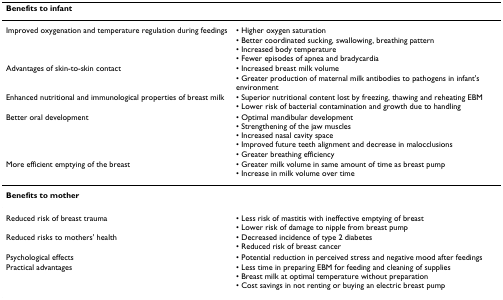
<table><thead><tr><td colspan="2"><b>Benefits to infant</b></td></tr></thead><tbody><tr><td>Improved oxygenation and temperature regulation during feedings</td><td>• Higher oxygen saturation• Better coordinated sucking, swallowing, breathing pattern• Increased body temperature• Fewer episodes of apnea and bradycardia</td></tr><tr><td>Advantages of skin-to-skin contact</td><td>• Increased breast milk volume• Greater production of maternal milk antibodies to pathogens in infant&#x27;s environment</td></tr><tr><td>Enhanced nutritional and immunological properties of breast milk</td><td>• Superior nutritional content lost by freezing, thawing and reheating EBM• Lower risk of bacterial contamination and growth due to handling</td></tr><tr><td>Better oral development</td><td>• Optimal mandibular development• Strengthening of the jaw muscles• Increased nasal cavity space• Improved future teeth alignment and decrease in malocclusions• Greater breathing efficiency</td></tr><tr><td>More efficient emptying of the breast</td><td>• Greater milk volume in same amount of time as breast pump• Increase in milk volume over time</td></tr><tr><td colspan="2"><b>Benefits to mother</b></td></tr><tr><td>Reduced risk of breast trauma</td><td>• Less risk of mastitis with ineffective emptying of breast• Lower risk of damage to nipple from breast pump</td></tr><tr><td>Reduced risks to mothers&#x27; health</td><td>• Decreased incidence of type 2 diabetes• Reduced risk of breast cancer</td></tr><tr><td>Psychological effects</td><td>• Potential reduction in perceived stress and negative mood after feedings</td></tr><tr><td>Practical advantages</td><td>• Less time in preparing EBM for feeding and cleaning of supplies• Breast milk at optimal temperature without preparation• Cost savings in not renting or buying an electric breast pump</td></tr></tbody></table>